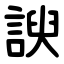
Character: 諛